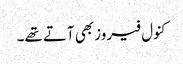
کنول فیروز بھی آتے تھے۔